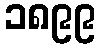
၁၈၉၉